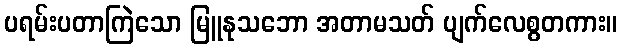
ပရမ်းပတာကြဲသော မြူနုသဘော အတာမသတ် ပျက်လေစွတကား။